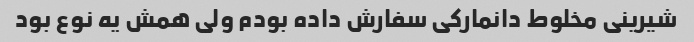
شیرینی مخلوط دانمارکی سفارش داده بودم ولی همش یه نوع بود